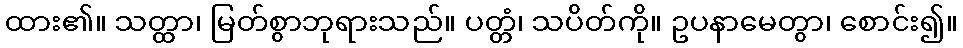
ထား၏။ သတ္ထာ၊ မြတ်စွာဘုရားသည်။ ပတ္တံ၊ သပိတ်ကို။ ဥပနာမေတွာ၊ စောင်း၍။